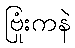
ဗြုံးကနဲ